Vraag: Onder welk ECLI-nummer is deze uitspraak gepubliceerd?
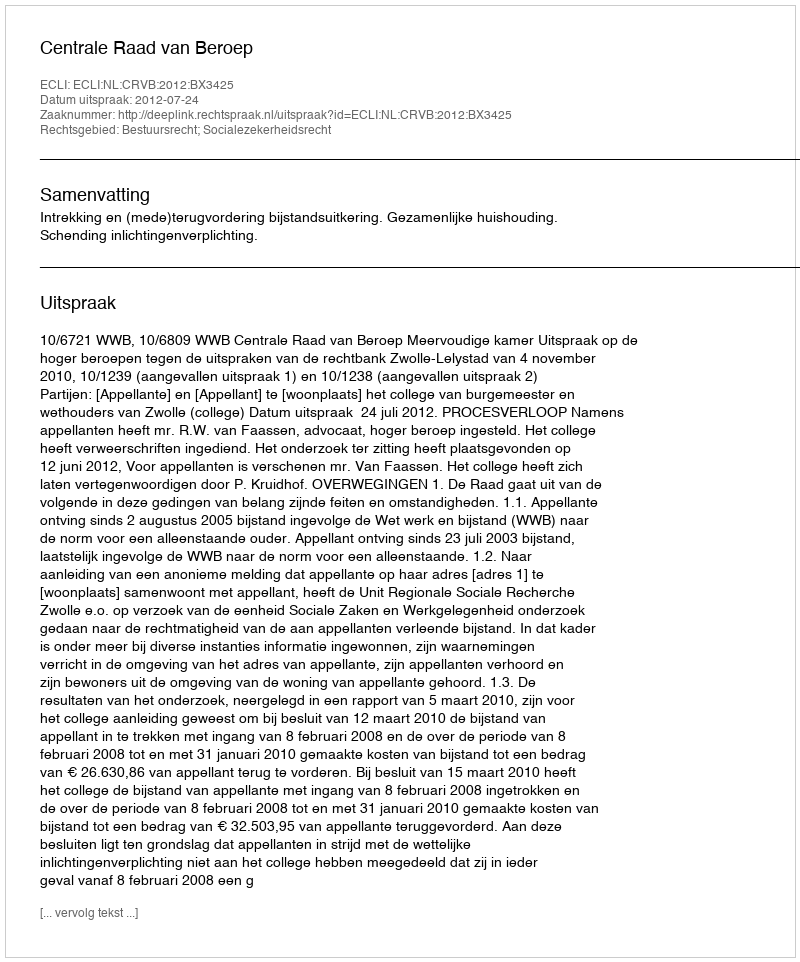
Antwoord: ECLI:NL:CRVB:2012:BX3425